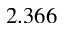
2 . 3 6 6